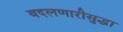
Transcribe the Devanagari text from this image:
बदलणारीसुद्धा